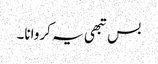
بس تبھی یہ کروانا۔